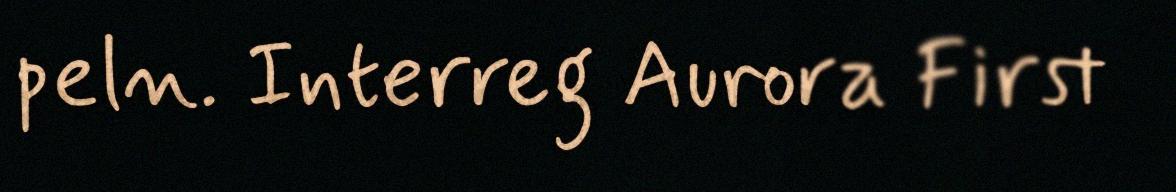
peln. Interreg Aurora First